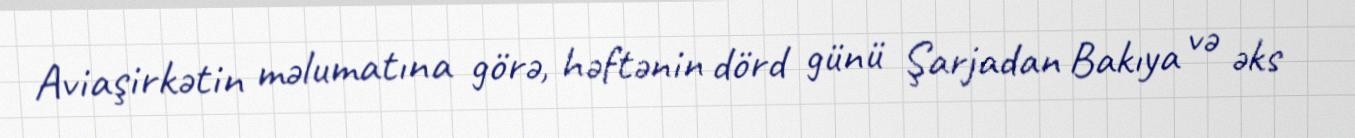
Aviaşirkətin məlumatına görə, həftənin dörd günü Şarjadan Bakıya və əks